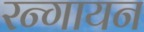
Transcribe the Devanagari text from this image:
रन्गायन